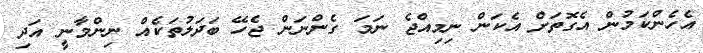
އެހެންކަމުން އެގޮތަށް އެކަން ނިމިއްޖެ ނަމަ ގެންނަން ޖެހޭ ބަދަލުތަކެއް ނިންމާނީ އަދި